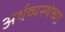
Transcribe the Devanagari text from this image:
अर्थव्यस्थेच्या